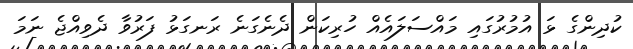
ކުދިންގެ ޅަ އުމުރުގައި މައްސަލައެއް ހުރިކަން ދެނެގަނެ ރަނގަޅު ފަރުވާ ދެވިއްޖެ ނަމަ